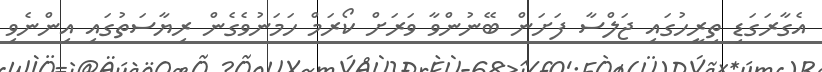
އެގާރަގަޑި ތިރީހުގައި ޖަލްސާ ފަށަން ބޭނުންވާ ވަރަށް ކޯރަމް ހަމަނުވެގެން ރިޔާސަތުގައި އިންނެވި